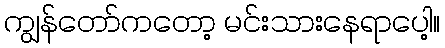
ကျွန်တော်ကတော့ မင်းသားနေရာပေါ့။